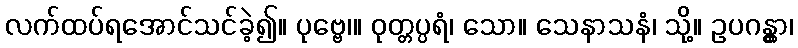
လက်ထပ်ရအောင်သင်ခဲ့၍။ ပုဗ္ဗေ၊။ ဝုတ္တပ္ပရံ၊ သော။ သေနာသနံ၊ သို့။ ဥပဂန္တွာ၊